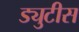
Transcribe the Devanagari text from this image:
ड्युटीस